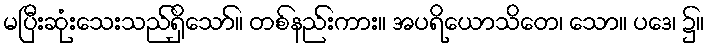
မပြီးဆုံးသေးသည်ရှိသော်။ တစ်နည်းကား။ အပရိယောသိတေ၊ သော။ ပဒေ၊ ၌။